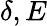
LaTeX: \delta,E